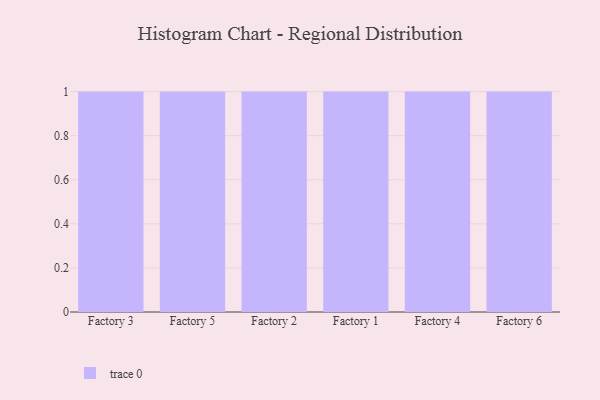
{"axis": {"x": "Factory", "y": "LTV (USD)"}, "legend": [""], "data": [{"x": "Factory 3", "y": 21, "type": ""}, {"x": "Factory 5", "y": 29, "type": ""}, {"x": "Factory 2", "y": 81, "type": ""}, {"x": "Factory 1", "y": 77, "type": ""}, {"x": "Factory 4", "y": 71, "type": ""}, {"x": "Factory 6", "y": 72, "type": ""}]}